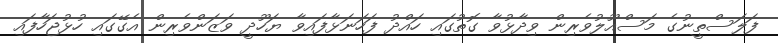
ފަލަސްތީނުގެ މަސްއޫލުވެރިން ވިދާޅުވާ ގޮތުގައި ހައްދު ފަހަނަޅާފައިވާ ޔަހޫދީ ވަޒަންވެރިން އެގޭގައި ހުޅުޖަހާފައި